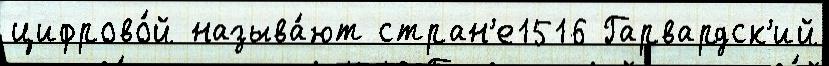
цифрово́й называ́ют стран'е1516 Гарвардск'ий